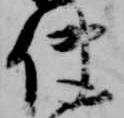
使